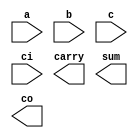
////////////////////////////////////////////////////////////////////////////////
//
//       This confidential and proprietary software may be used only
//     as authorized by a licensing agreement from Synopsys Inc.
//     In the event of publication, the following notice is applicable:
//
//                    (C) COPYRIGHT 1992 - 2016 SYNOPSYS INC.
//                           ALL RIGHTS RESERVED
//
//       The entire notice above must be reproduced on all authorized
//     copies.
//
//
// VERSION:   Simulation Architecture
//
// DesignWare_version: edd7e841
// DesignWare_release: K-2015.06-DWBB_201506.5.2
//
////////////////////////////////////////////////////////////////////////////////
//-----------------------------------------------------------------------------------
//
// ABSTRACT:  Carry Save Adder
//
// MODIFIED: 
//           RPH        07/17/2002 
//                      Rewrote to comply with the new guidelines
//
//           RJK        09/19/2007 
//                      Added special case for width = 1 (STAR 9000190460)
//---------------------------------------------------------------------------

module DW01_csa (a,b,c,ci,carry,sum,co);

  parameter width=4;

  // port decalrations

  input  [width-1 : 0]   a,b,c;
  input                  ci;
   
  output [width-1 : 0]   carry,sum;
  output                 co;

  // synopsys translate_off 
  reg [width-1 : 0]   carry,sum;
  reg                 co;
   
   task DWF_csa;
      input [width-1 : 0] a,b,c;
      input 		  ci;
      output [width-1 : 0] carry,sum;
      output 		   co;
      reg [width-1 : 0] carry,sum;
      reg 		   co;       
      integer 		   i;
      begin	 
	 carry[0] = c[0];
	 carry[1] = (a[0]&b[0])|((a[0]^b[0])&ci);
	 sum[0]   = a[0]^b[0]^ci;
	 for (i = 1; i <= width-2; i = i + 1) begin 
	    carry[i+1] = (a[i]&b[i])|((a[i]^b[i])&c[i]);
	    sum[i]     = a[i]^b[i]^c[i];
	 end // loop
	 sum[width-1] = a[width-1]^b[width-1]^c[width-1];
	 co           = (a[width-1]&b[width-1])|((a[width-1]^b[width-1])&c[width-1]);
      end
    endtask  
  //-------------------------------------------------------------------------
  // Parameter legality check
  //-------------------------------------------------------------------------

  
 
  initial begin : parameter_check
    integer param_err_flg;

    param_err_flg = 0;
    
  
    if (width < 1) begin
      param_err_flg = 1;
      $display(
	"ERROR: %m :\n  Invalid value (%d) for parameter width (lower bound: 1)",
	width );
    end 
  
    if ( param_err_flg == 1) begin
      $display(
        "%m :\n  Simulation aborted due to invalid parameter value(s)");
      $finish;
    end

  end // parameter_check 

      
always @(a or b or c or ci)
   begin
	 if ((^(a ^ a) !== 1'b0) || (^(b ^ b) !== 1'b0) || (^(c ^ c) !== 1'b0) || (^(ci ^ ci) !== 1'b0) ) begin
	    sum = {width{1'bx}};
	    carry = {width{1'bx}};
	    co = 1'bx;
	 end
	 else begin
	    if (width > 1)
	      DWF_csa(a, b, c, ci, carry, sum, co);
	    else begin
	      sum[0] = a[0]^b[0]^ci;
	      carry[0] = c[0];
	      co = (a[0]&b[0])|((a[0]^b[0])&ci);
	    end
	 end // else: !if((^(a ^ a) !== 1'b0) || (^(b ^ b) !== 1'b0) || (^(c ^ c) !== 1'b0) || (^(ci ^ ci) !== 1'b0) )
   end // always @ (a or b or c or ci)
   
  // synopsys translate_on
 
endmodule  // DW01_csa;